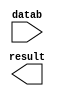
module mass05_08 (
	datab,
	result);

	input	[9:0]  datab;
	output	[9:0]  result;

endmodule